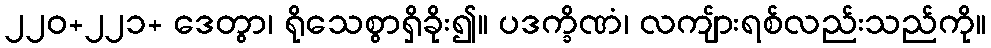
၂၂၀+၂၂၁+ ဒေတွာ၊ ရိုသေစွာရှိခိုး၍။ ပဒက္ခိဏံ၊ လကျ်ားရစ်လည်းသည်ကို။